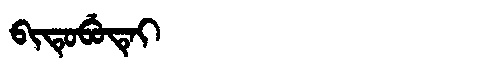
Manchu: ᠪᡳᡨᡠᠪᡠᡨᡝᡳ
Romanization: BITUBUTEI